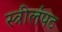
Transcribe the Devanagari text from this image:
स्त्रीलंपट